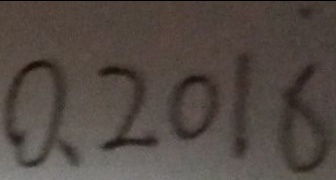
0 . 2 0 1 \dot { 6 }